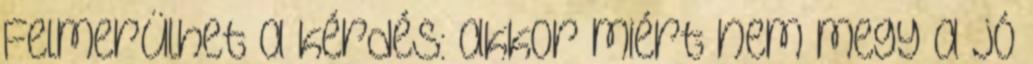
Felmerülhet a kérdés: akkor miért nem megy a jó